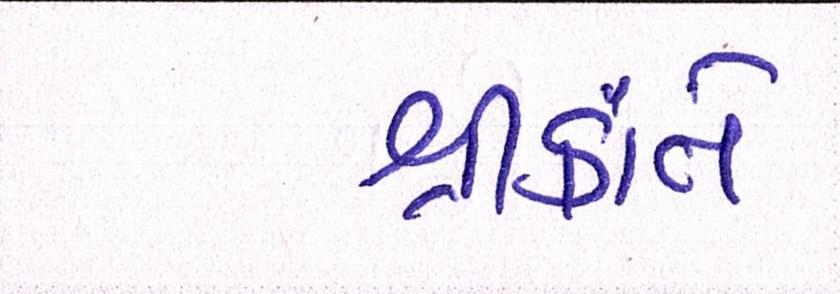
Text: શ્રીકાંતે